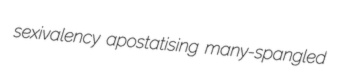
sexivalency apostatising many-spangled